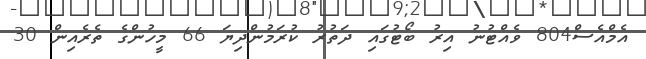
އެމްއެސް804 ވެއްޓުނު އިރު ބޯޓުގައި ދަތުރު ކުރަމުންދިޔަ 66 މީހުންގެ ތެރެއިން 30